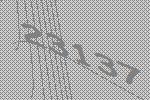
23137